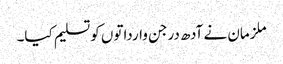
ملزمان نے آدھ درجن وارداتوں کوتسلیم کیا۔